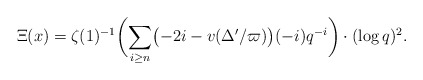
\begin{align*}\Xi(x)=\zeta(1)^{-1}\biggl(\sum_{i\geq n}\bigl(-2i-v(\Delta'/\varpi)\bigr)(-i) q^{-i}\biggr)\cdot (\log q)^2.\end{align*}